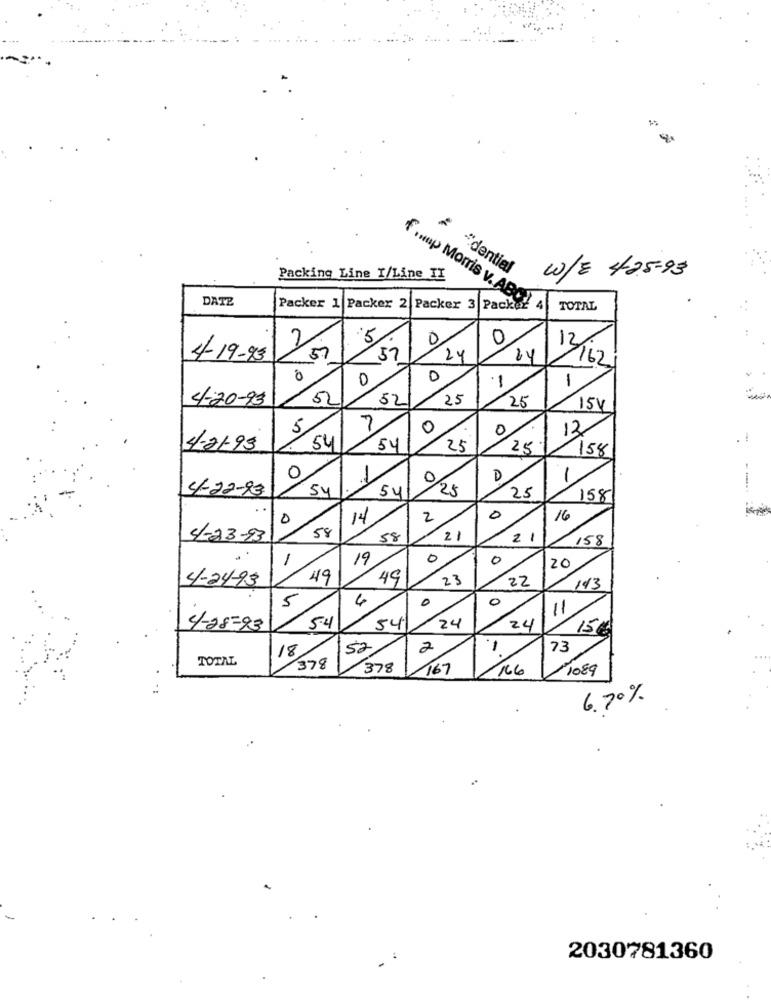
# -"dential
Packing Line I/Line TI
W/E 425-93
DATE
Packer 1 Packer 2 Packer 3 Packer
f .nap Morris v. ABC), A
TOTAL
2
5
0
0
12
4-19-95
57
24
/162
0
0
0
1
-
4-20-93
52
25
25
15V
5
0
12
-
4-01-93
54
54
25
25
158
0
0
D
1
4-22-93
54
54
25
25
158
0
0
14
2
16
58
4-23-93
58
2
21
158
1
19
0
0
20
4-24-93
49
49
23
22
143
5
4
0
0
11
54
54
24
4-28-93
24
15€
52
18
2
1
73
TOTAL
378
378
167
16.6
1089
6.70%
2030781360